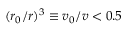
( r _ { 0 } / r ) ^ { 3 } \equiv v _ { 0 } / v < 0 . 5